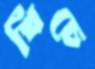
খিঁচে